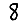
Digit: 8